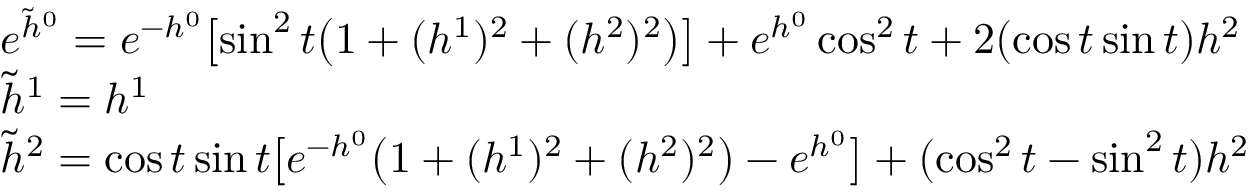
\begin{array} { l } { { e ^ { \tilde { h } ^ { 0 } } = e ^ { - h ^ { 0 } } \bigl [ \sin ^ { 2 } t \bigl ( 1 + ( h ^ { 1 } ) ^ { 2 } + ( h ^ { 2 } ) ^ { 2 } \bigr ) \bigr ] + e ^ { h ^ { 0 } } \cos ^ { 2 } t + 2 ( \cos t \sin t ) h ^ { 2 } } } \\ { { \tilde { h } ^ { 1 } = h ^ { 1 } } } \\ { { \tilde { h } ^ { 2 } = \cos t \sin t \bigl [ e ^ { - h ^ { 0 } } \bigl ( 1 + ( h ^ { 1 } ) ^ { 2 } + ( h ^ { 2 } ) ^ { 2 } \bigr ) - e ^ { h ^ { 0 } } \bigr ] + ( \cos ^ { 2 } t - \sin ^ { 2 } t ) h ^ { 2 } } } \end{array}